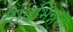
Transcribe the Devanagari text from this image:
दाबभिन्नता